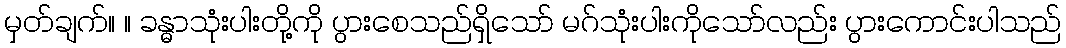
မှတ်ချက်။ ။ ခန္ဓာသုံးပါးတို့ကို ပွားစေသည်ရှိသော် မဂ်သုံးပါးကိုသော်လည်း ပွားကောင်းပါသည်